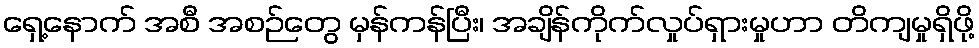
ရှေ့နောက် အစီ အစဉ်တွေ မှန်ကန်ပြီး၊ အချိန်ကိုက်လှုပ်ရှားမှုဟာ တိကျမှုရှိဖို့